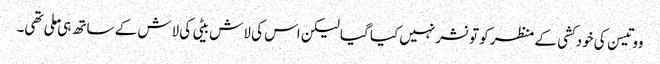
ووتیسن کی خودکشی کے منظر کو تو نشر نہیں کیا گیا لیکن اس کی لاش بیٹی کی لاش کے ساتھ ہی ملی تھی۔